Oru_vallavalitsus, lk 10
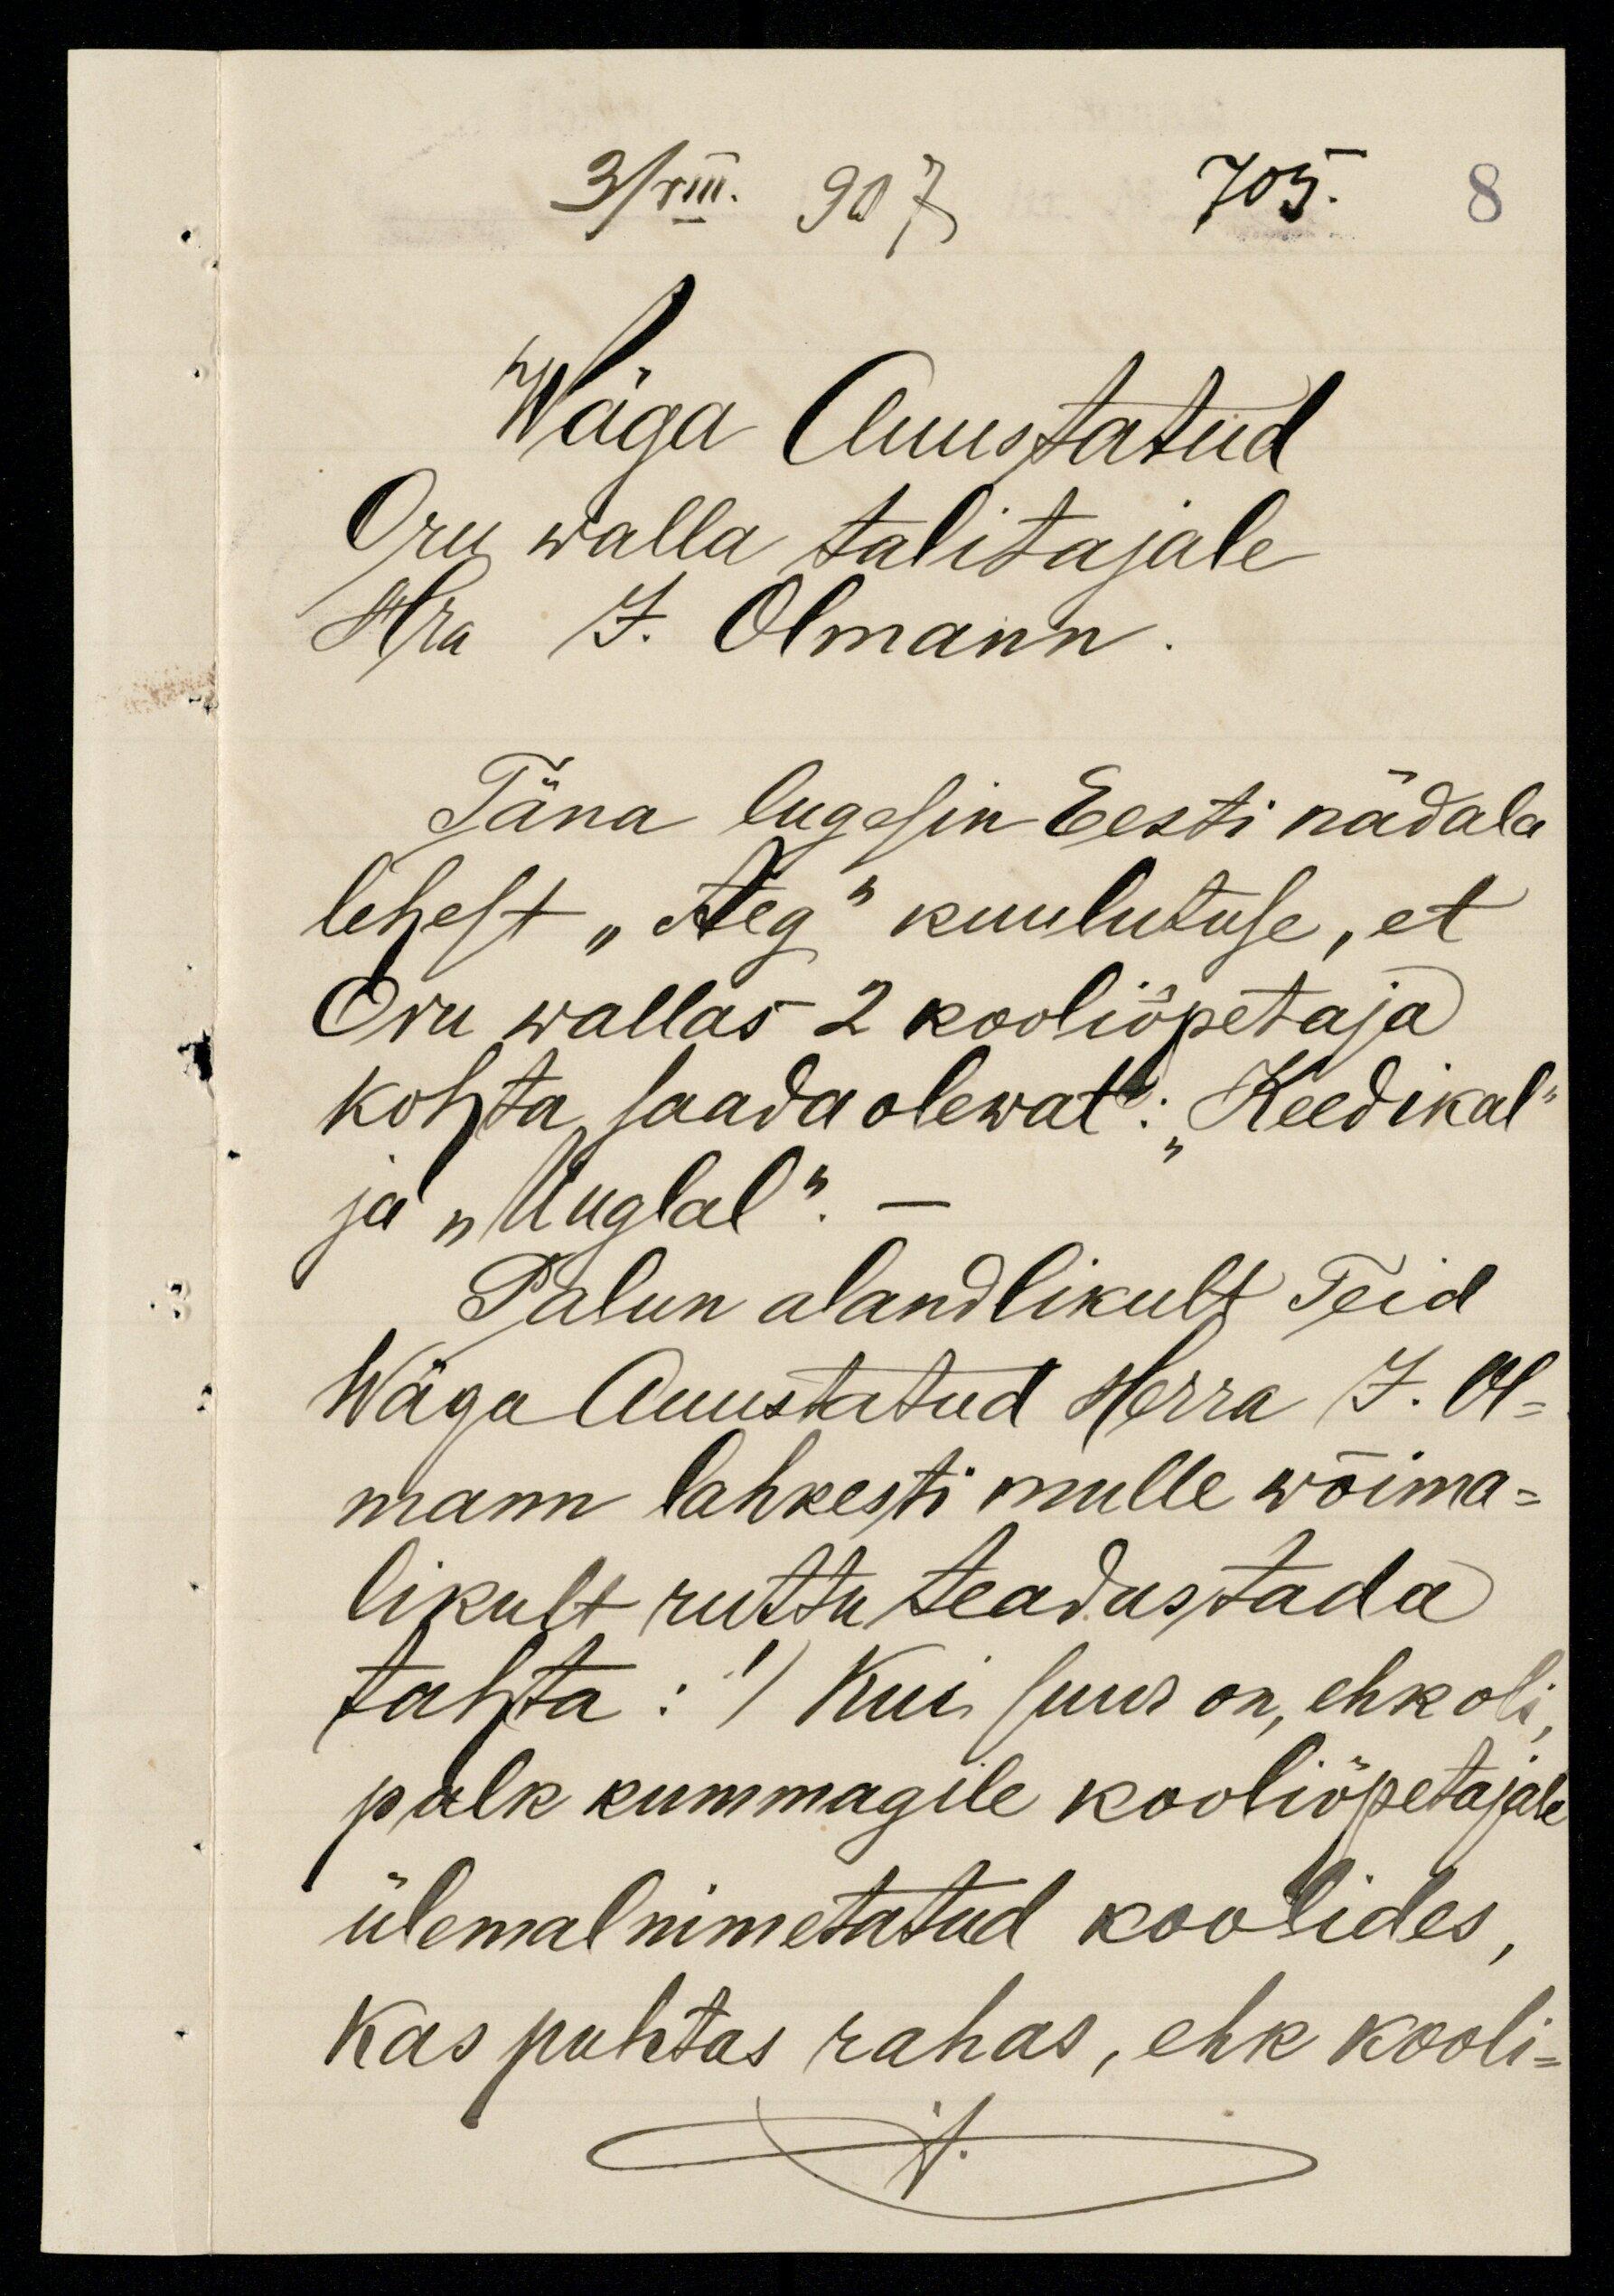
3/VIII. 907
705.
8
Wäga Auustatud
Oru walla talitajale
Hra J. Olmann.
Täna lugesin Eesti nädala
lehest "Aeg" kuulutuse, et
Oru wallas 2 kooliõpetaja
kohta saada olewat: "Keedikal"
ja "Uuglal". –
Palun alandlikult Teid
Wäga Auustatud Herra J. Ol-
mann lahkesti mulle wõima-
likult ruttu teadustada
tahta: 1) Kui suur on, ehk oli
palk kummagile kooliõpetajale
ülemal nimetatud koolides,
Kas puhtas rahas, ehk kooli-